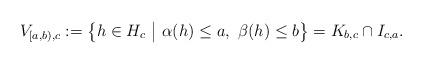
LaTeX: \begin{align*} V_{[a,b),c} & :=\big\{ h\in H_c\ \big|\ \alpha(h)\leq a,\ \beta(h)\leq b \big\}=K_{b,c}\cap I_{c,a}.\end{align*}